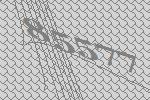
85577